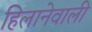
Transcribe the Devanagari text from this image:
हिलानेवाली